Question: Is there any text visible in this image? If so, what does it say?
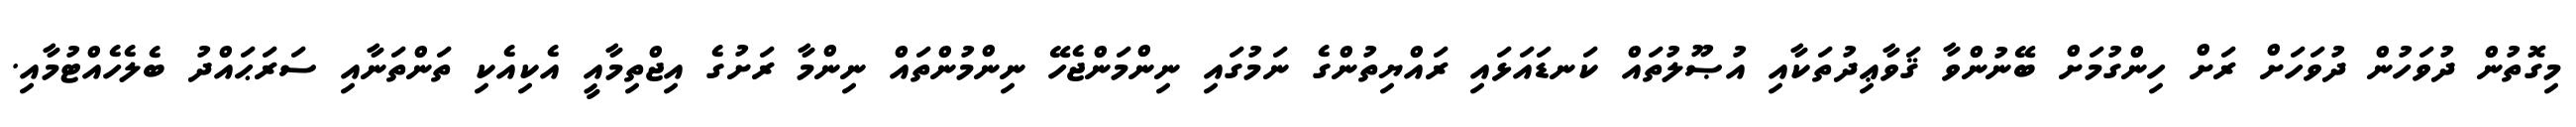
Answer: މިގޮތުން ދުވަހުން ދުވަހަށް ރަށް ހިންގުމަށް ބޭނުންވާ ޤަވާޢިދުތަކާއި އުޞޫލުތައް ކަނޑައަޅައި ރައްޔިތުންގެ ނަމުގައި ނިންމަންޖެހޭ ނިންމުންތައް ނިންމާ ރަށުގެ އިޖްތިމާއީ އެކިއެކި ތަންތަނާއި ސަރަޙައްދު ބެލެހެއްޓުމާއި.